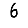
Digit: 6